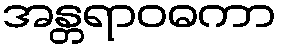
အန္တရာဝဓကာ